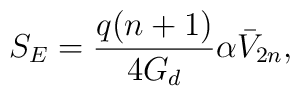
S_{E} = \frac{q (n+1)}{4 G_{d}} \alpha \bar{V}_{2n},